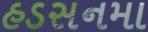
હડસનમા